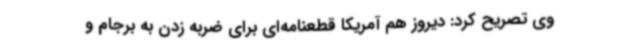
وی تصریح کرد: دیروز هم آمریکا قطعنامه‌ای برای ضربه زدن به برجام و